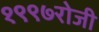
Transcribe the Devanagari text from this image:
१९९७रोजी